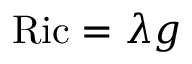
\operatorname { R i c } = \lambda g